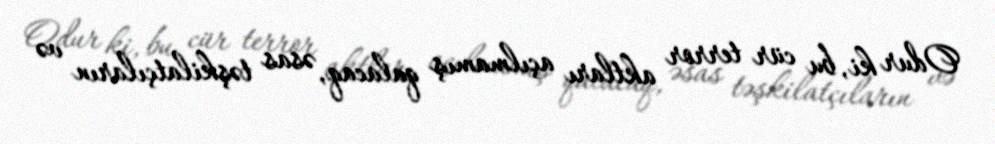
Odur ki, bu cür terror aktları açılmamış qalacaq, əsas təşkilatçıların və